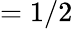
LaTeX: =1/2